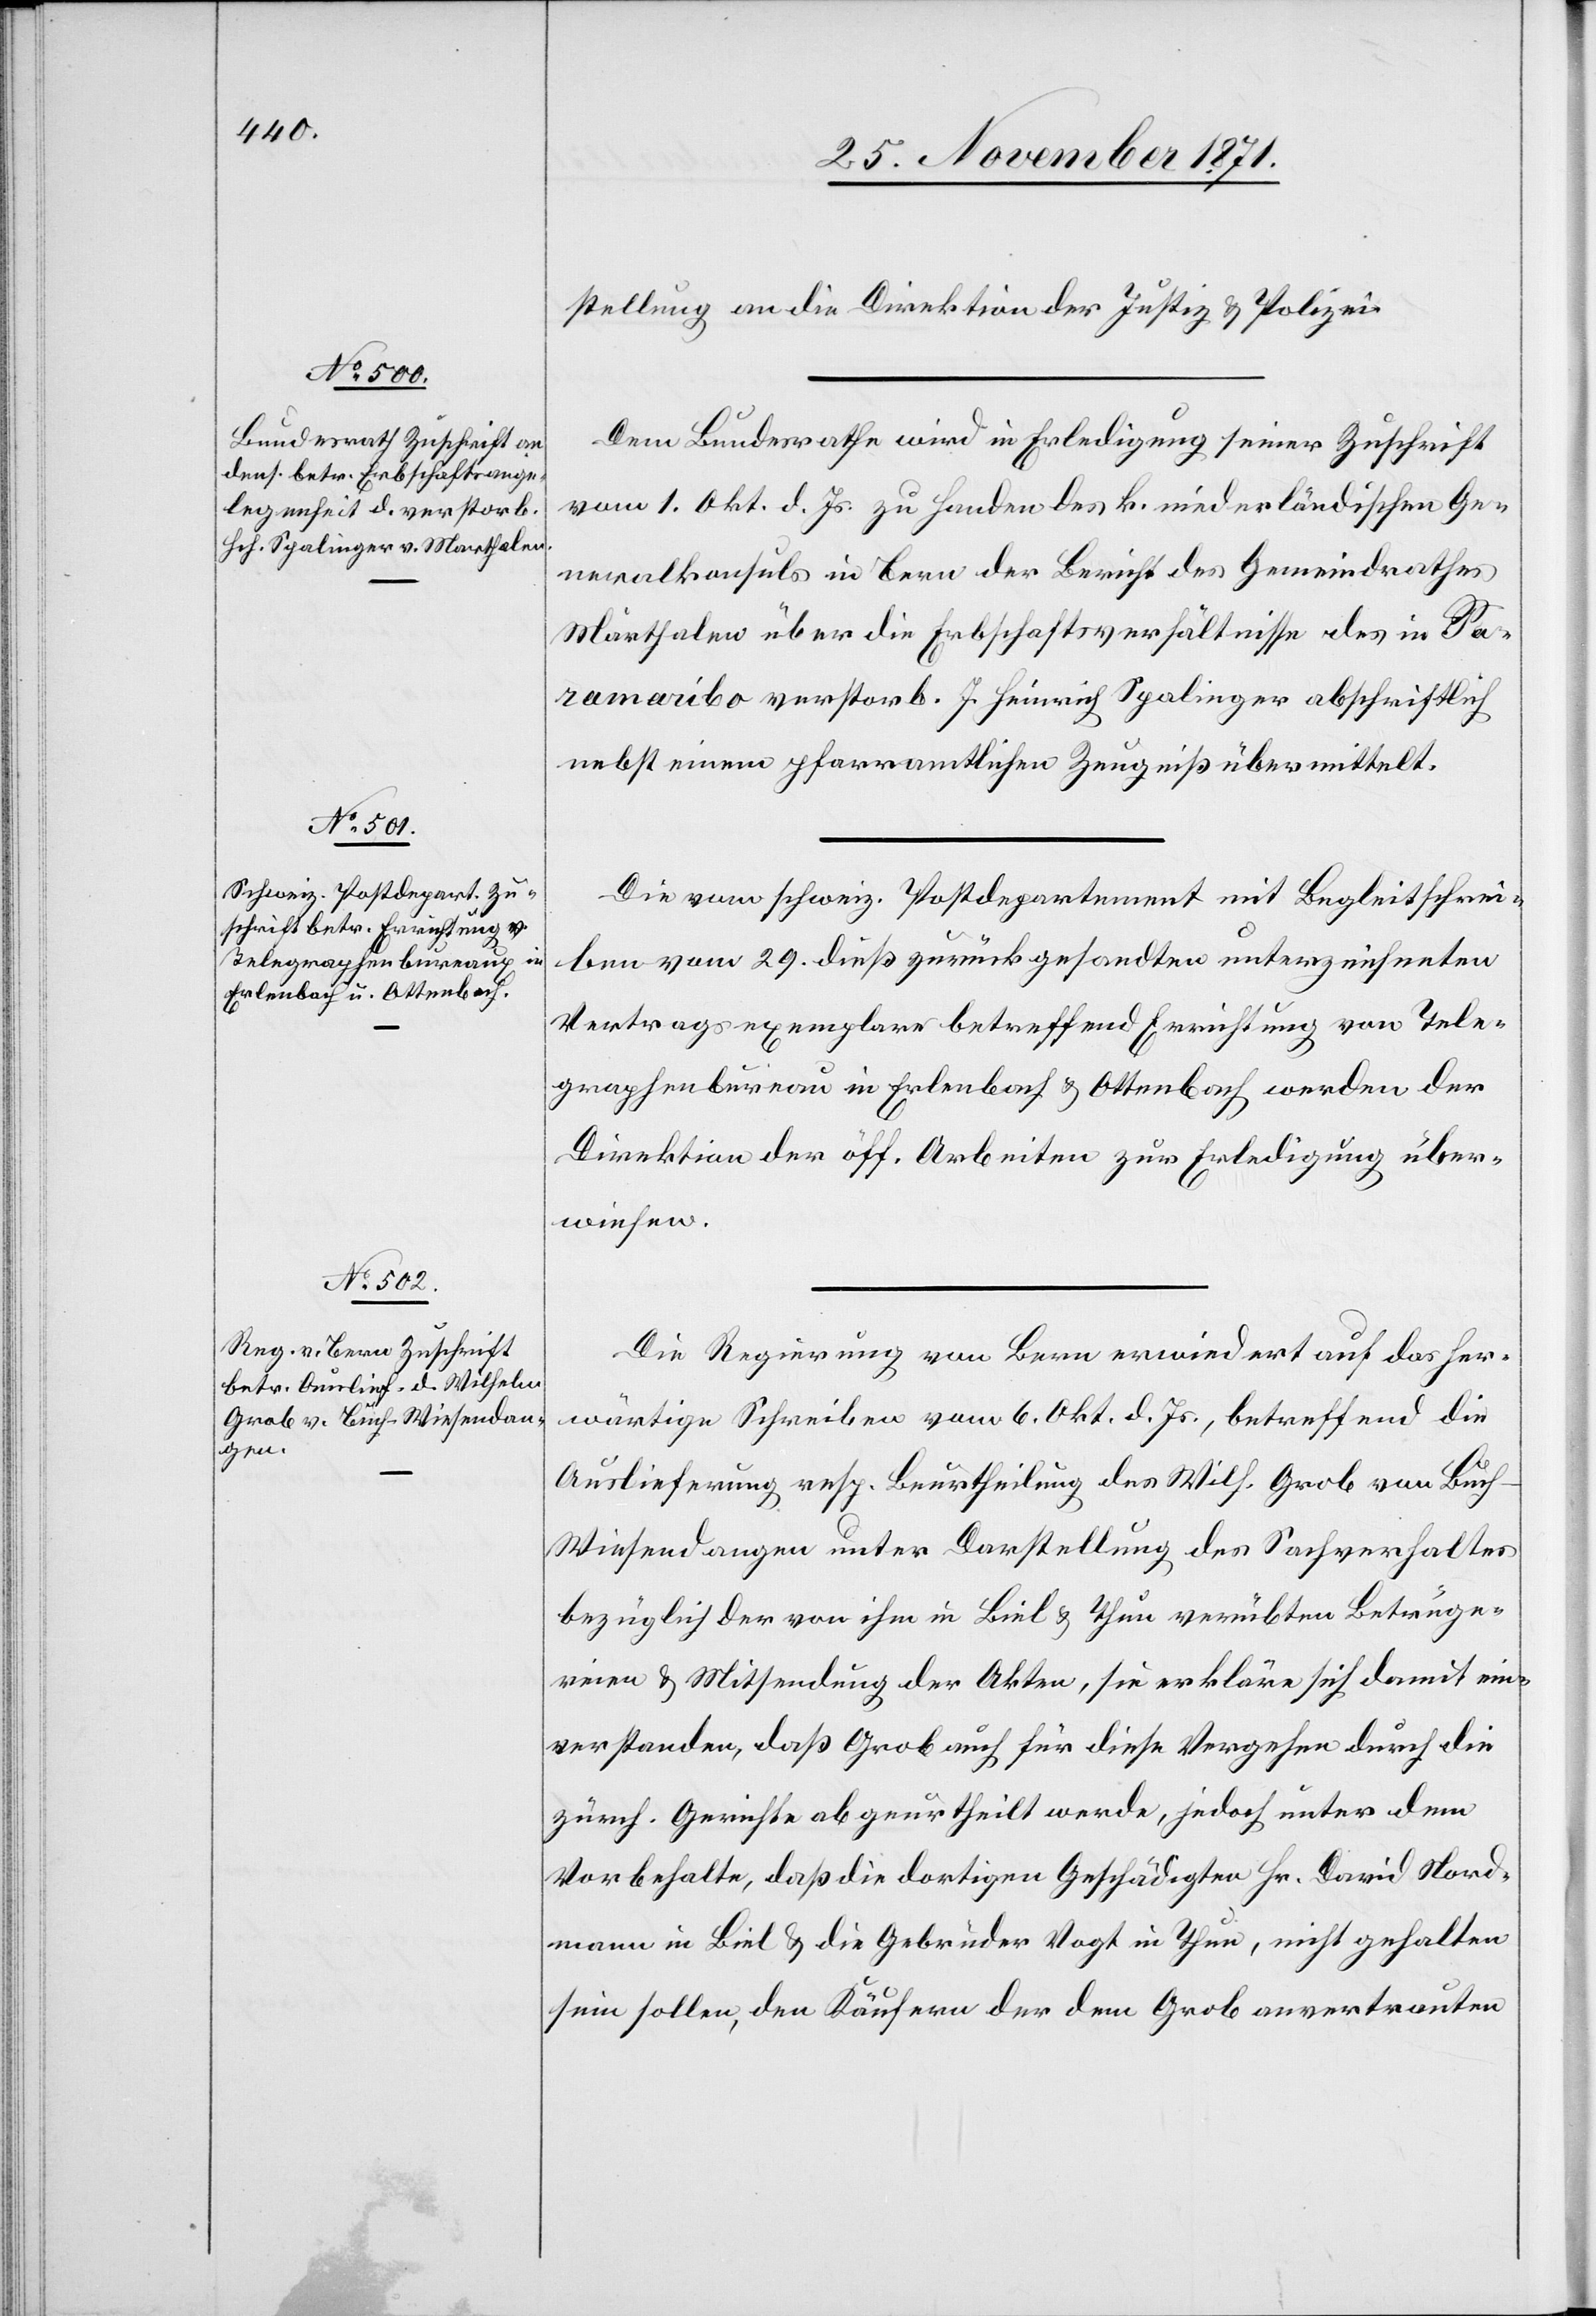
1. Dezember 1871.]
stellung an die Direktion der Justiz & Polizei.
Dem Bundesrathe wird in Erledigung seiner Zuschrift
vom 1. Okt. d. Js. zu Handen des k. niederländischen Ge¬
neralkonsuls in Bern der Bericht des Gemeindrathes
Marthalen über die Erbschaftsverhältnisse des in Par¬
amaribo verstorb. J. Heinrich Spalinger abschriftlich
nebst einem pfarramtlichen Zeugniß übermittelt.
Die vom schweiz. Postdepartement mit Begleitschrei¬
ben vom 29. dieß zurückgesandten unterzeichneten
Vertragsexemplare betreffend Errichtung von Tele¬
graphenbureau[x] in Erlenbach & Ottenbach werden der
Direktion der öff. Arbeiten zur Erledigung über¬
wiesen.
Die Regierung von Bern erwiedert auf das her¬
wärtige Schreiben vom 6. Okt. d. Js., betreffend die
Auslieferung resp. Beurtheilung des Wilh. Grob von Buc¬
h-Wiesendangen unter Darstellung des Sachverhaltes
bezüglich der von ihm in Biel & Thun verübten Betrüge¬
reien & Mitsendung der Akten, sie erkläre sich damit ein¬
verstanden, daß Grob auch für diese Vergehen durch die
zürch. Gerichte abgeurtheilt werde, jedoch unter dem
Vorbehalte, daß die dortigen Geschädigten Hr. David Nord¬
mann in Biel & die Gebrüder Vogt in Thun, nicht gehalten
sein sollen, den Käufern der dem Grob anvertrauten